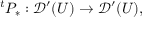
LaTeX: { } ^ { t } P _ { * } : { \mathcal { D } } ^ { \prime } ( U ) \to { \mathcal { D } } ^ { \prime } ( U ) ,